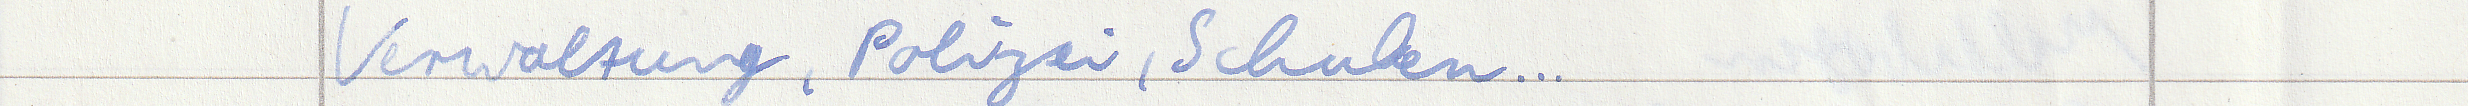
Verwaltung, Polizei, Schulen...